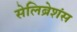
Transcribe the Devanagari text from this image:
सेलिब्रेशंस